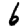
Digit: 6